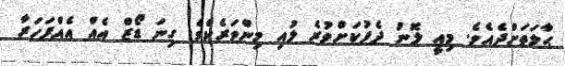
ޙާލަތަށްދެއެވެ. މިއީ ލޮނު ދެފުކަށްވުރެ ލުއި މިންވަރެކެވެ. ގިނަ ޑޯޒް އެއް އެއްފަހަރާ